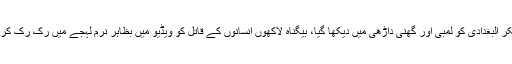
ویڈیو میں 47 سالہ ابوبکر البغدادی کو لمبی اور گھنی داڑھی میں دیکھا گیا، بیگناہ لاکھوں انسانوں کے قاتل کو ویڈیو میں بظاہر نرم لہجے میں رک رک کر گفتگو کرتے دیکھا گیا۔